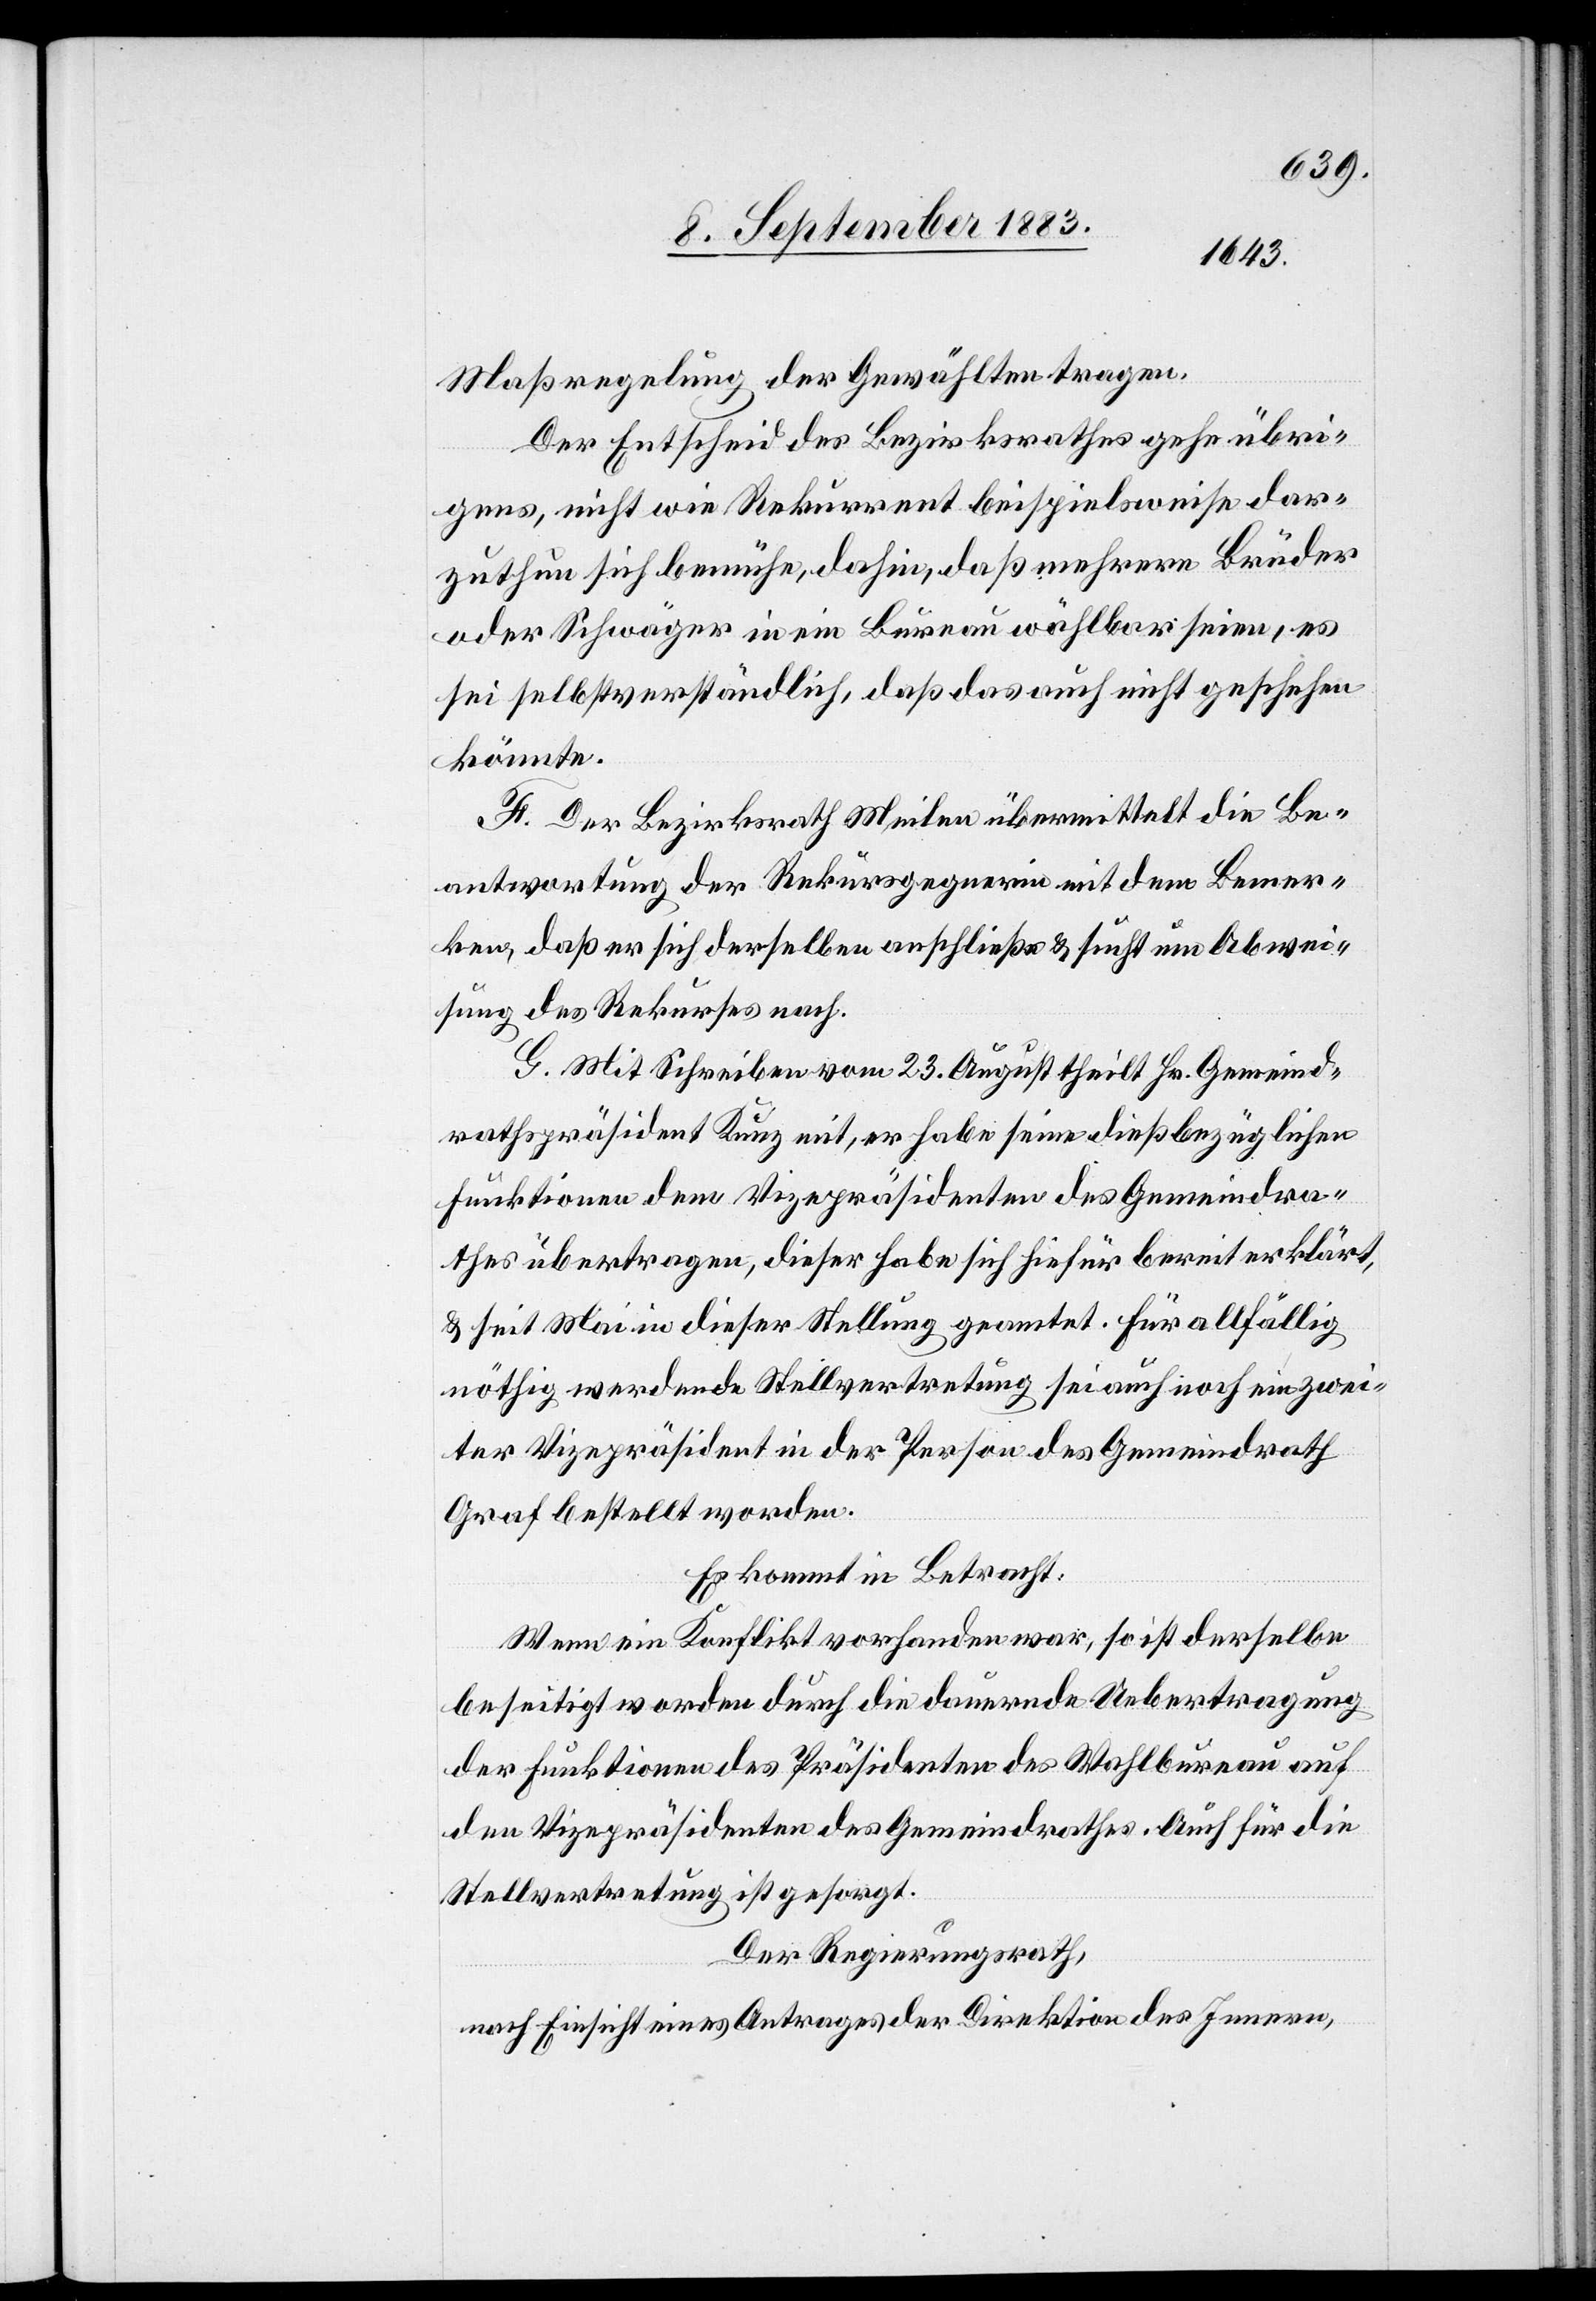
Maßregelung der Gewählten tragen.
Der Entscheid des Bezirksrathes gehe übri¬
gens, nicht wie Rekurrent beispielsweise dar¬
zuthun sich bemühe, dahin, daß mehrere Brüder
oder Schwäger in ein Bureau wählbar seien, es
sei selbstverständlich, daß das auch nicht geschehen
könnte.
F. Der Bezirksrath Meilen übermittelt die Be¬
antwortung der Rekursgegnerin mit dem Bemer¬
ken, daß er sich derselben anschließe & sucht um Abwei¬
sung des Rekurses nach.
G. Mit Schreiben vom 23. August theilt Hr. Gemeind¬
rathspräsident Kunz mit, er habe seine dießbezüglichen
Funktionen dem Vizepräsidenten des Gemeindra¬
thes übertragen, dieser habe sich hiefür bereit erklärt,
& seit Mai in dieser Stellung geamtet. Für allfällig
nöthig werdende Stellvertretung sei auch noch ein zwei¬
ter Vizepräsident in der Person des Gemeindrath
Graf bestellt worden.
Es kommt in Betracht:
Wenn ein Konflikt vorhanden war, so ist derselbe
beseitigt worden durch die dauernde Uebertragung
der Funktionen des Präsidenten des Wahlbureau auf
den Vizepräsidenten des Gemeindrathes. Auch für die
Stellvertretung ist gesorgt.
Der Regierungsrath,
nach Einsicht eines Antrages der Direktion des Innern,